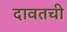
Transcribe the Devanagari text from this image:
दावतची